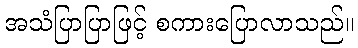
အသံပြာပြာဖြင့် စကားပြောလာသည်။